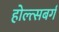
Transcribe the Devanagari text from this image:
होल्त्सबर्ग